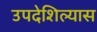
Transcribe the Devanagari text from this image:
उपदेशिल्यास